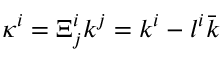
\kappa ^ { i } = \Xi _ { j } ^ { i } k ^ { j } = k ^ { i } - l ^ { i } \bar { k }